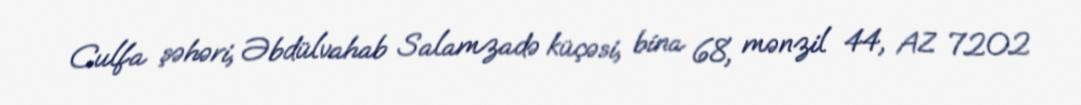
Culfa şəhəri, Əbdülvahab Salamzadə küçəsi, bina 68, mənzil 44, AZ 7202